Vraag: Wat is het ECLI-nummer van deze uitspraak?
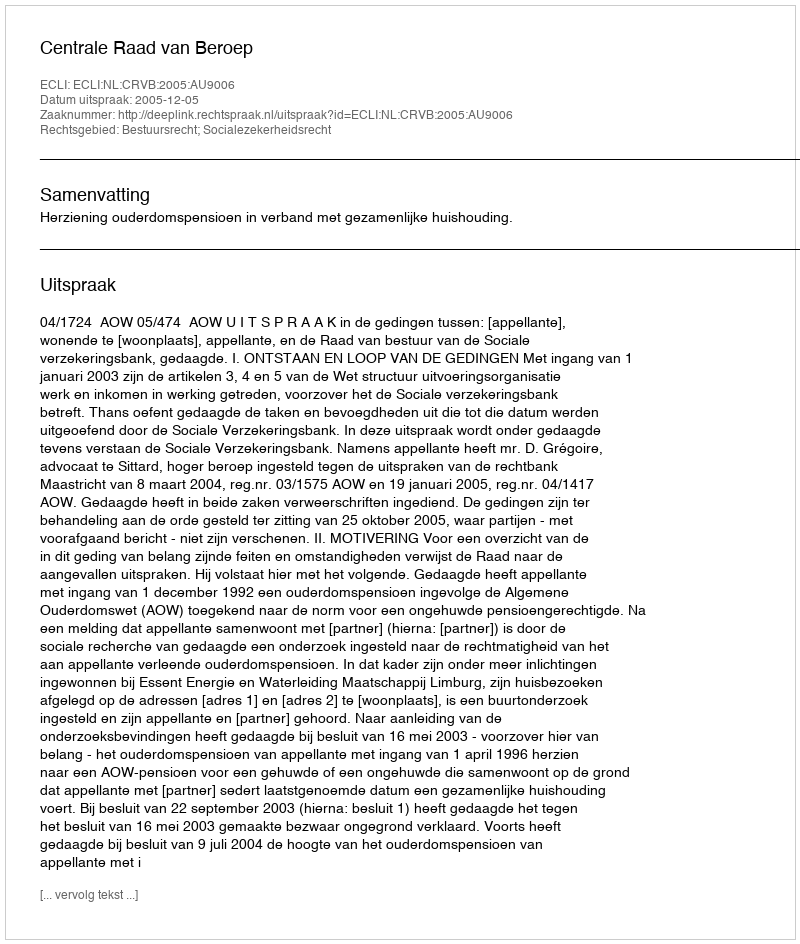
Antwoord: ECLI:NL:CRVB:2005:AU9006